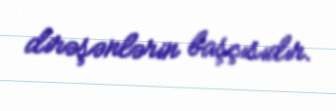
dirəşənlərin başçısıdır.